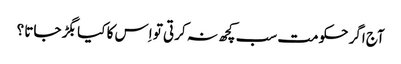
آج اگر حکومت سب کچھ نہ کرتی تو اِس کا کیا بگڑ جاتا ؟